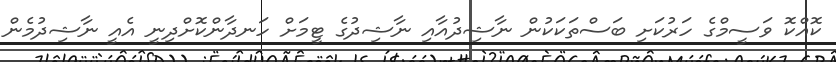
ކޮއްކޮ ވަސީމްގެ ހަރުކަށި ބަސްތަކަކުން ނާޝިދުއާއި ނާޝިދުގެ ޓީމަށް ހަނދާންކޮށްދިނީ އެއީ ނާޝިދުމެން